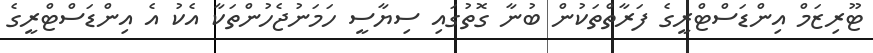
ޓޫރިޒަމް އިންޑަސްޓްރީގެ ފަރާތްތަކުން ބުނާ ގޮތުގައި ސިޔާސީ ހަމަނުޖެހުންތަކާ އެކު އެ އިންޑަސްޓްރީގެ